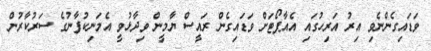
ވަޑައިގެންނެވި އިރު އަރިހުގައި އެއާޕޯޓަށް ވަޑައިގެން ރައީސް ޔާމީން ވިދާޅުވީ އެމަނިކުފާނުގެ ސަރުކާރުން